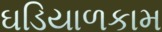
ઘડિયાળકામ